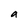
Character: a